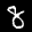
Label: 8